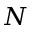
N